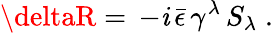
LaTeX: \deltaR=\, -\mathit{i}\, \bar{{\epsilon}}\, \gamma^{\lambda}\, S_{\lambda}\; .